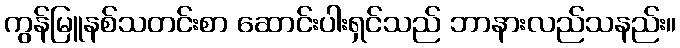
ကွန်မြူနစ်သတင်းစာ ဆောင်းပါးရှင်သည် ဘာနားလည်သနည်း။